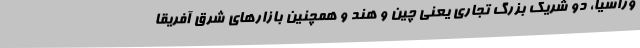
وراسیا، دو شریک بزرگ تجاری یعنی چین و هند و همچنین بازارهای شرق آفریقا